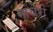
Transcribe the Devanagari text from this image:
गोचरों